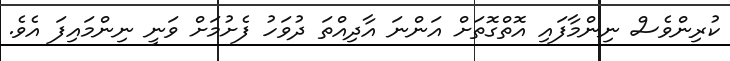
ކުރިންވެސް ނިންމާފައި އޮތްގޮތަށް އަންނަ އާދިއްތަ ދުވަހު ފެށުމަށް ވަނީ ނިންމައިފަ އެވެ.